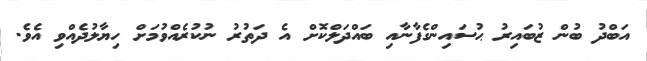
އަބްދު ބުން ޒުބައިރު ޙުސައިންގެފާނާއި ބައްދަލްކޮށް އެ ދަތުރު ނުކުރެއްވުމަށް ހިޔާލުދެއްވި އެވެ.